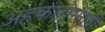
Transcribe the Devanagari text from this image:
अहंकारोन्मादी